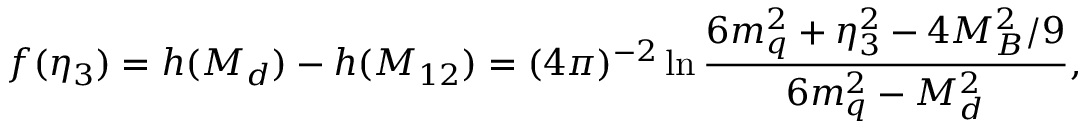
f ( \eta _ { 3 } ) = h ( M _ { d } ) - h ( M _ { 1 2 } ) = ( 4 \pi ) ^ { - 2 } \ln { \frac { 6 m _ { q } ^ { 2 } + \eta _ { 3 } ^ { 2 } - 4 M _ { B } ^ { 2 } / 9 } { 6 m _ { q } ^ { 2 } - M _ { d } ^ { 2 } } } ,